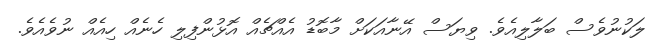
ލަކުނުވެސް ބަލާލިއެވެ. ވިޔަސް އޭނާއަކަށް މާބޮޑު އެއްޗެއް އޮޅުންފިލި ހެނެއް ހިއެއް ނުވެއެވެ.